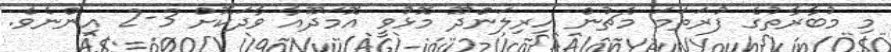
މި މުބާރާތުގެ ފުރަތަމަ މެޗުން ހިރިލަންދޫ މޮޅުވީ އޮމަދޫއާ ވާދަކޮށް 3-2 އިންނެވެ.